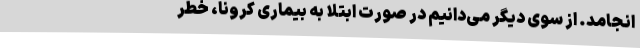
‌انجامد. از سوی دیگر می‌دانیم در صورت ابتلا به بیماری کرونا، خطر